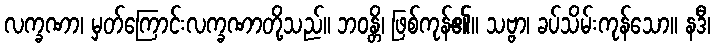
လက္ခဏာ၊ မှတ်ကြောင်းလက္ခဏာတို့သည်။ ဘဝန္တိ၊ ဖြစ်ကုန်၏။ သဗ္ဗာ၊ ခပ်သိမ်းကုန်သော။ နဒီ၊